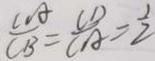
\frac { C A } { C B } = \frac { C D } { C A } = \frac { 1 } { 2 }